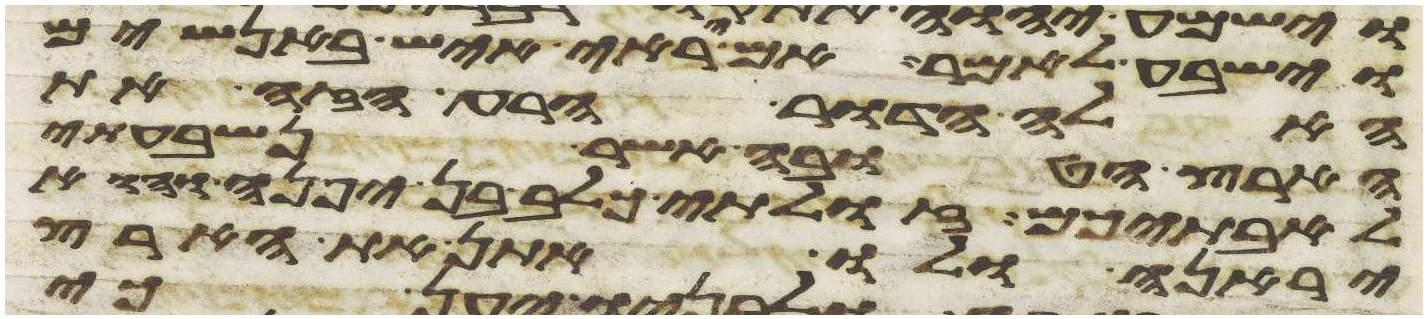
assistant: וישבע לאמר אם יראה איש באנשים
האלה הדור הרע הזה את
הארץ הטובה אשר נשבעתי
לאבתיכם זולתי כלב בן יפנה הוא
יראנה ולו אתן את הארץ